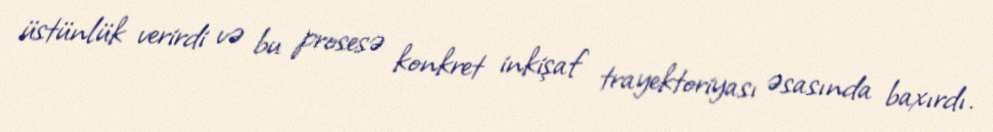
üstünlük verirdi və bu prosesə konkret inkişaf trayektoriyası əsasında baxırdı.